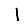
Digit: 1